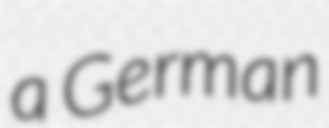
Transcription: a German